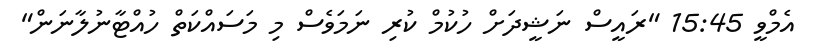
އެމްވީ 15:45 "ރައީސް ނަޝީދަށް ހުކުމް ކުރި ނަމަވެސް މި މަސައްކަތް ހުއްޓާނުލާނަން"